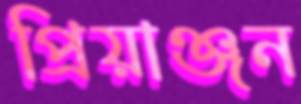
প্রিয়াঞ্জন